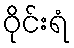
ဝိုင်းရံ